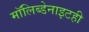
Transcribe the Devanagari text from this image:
मॉलिब्डेनाइटही